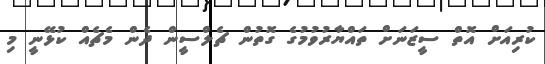
ކުރިއަށް އޮތް ސީޒަނަށް ތައްޔާރުވުމުގެ ގޮތުން ޗެލްސީން ދެން މެޗެއް ކުޅޭނީ މި